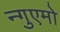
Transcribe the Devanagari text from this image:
न्गुएमो